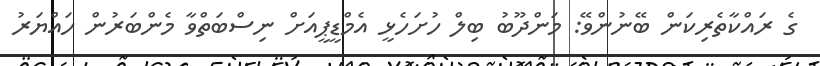
ގެ ރައްކާތެރިކަން ބޭނުންވޭ: މަންދޫބު ބިލް ހުށަހެޅީ އެމްޑީޕީއަށް ނިސްބަތްވާ މެންބަރުން ހައްޔަރު